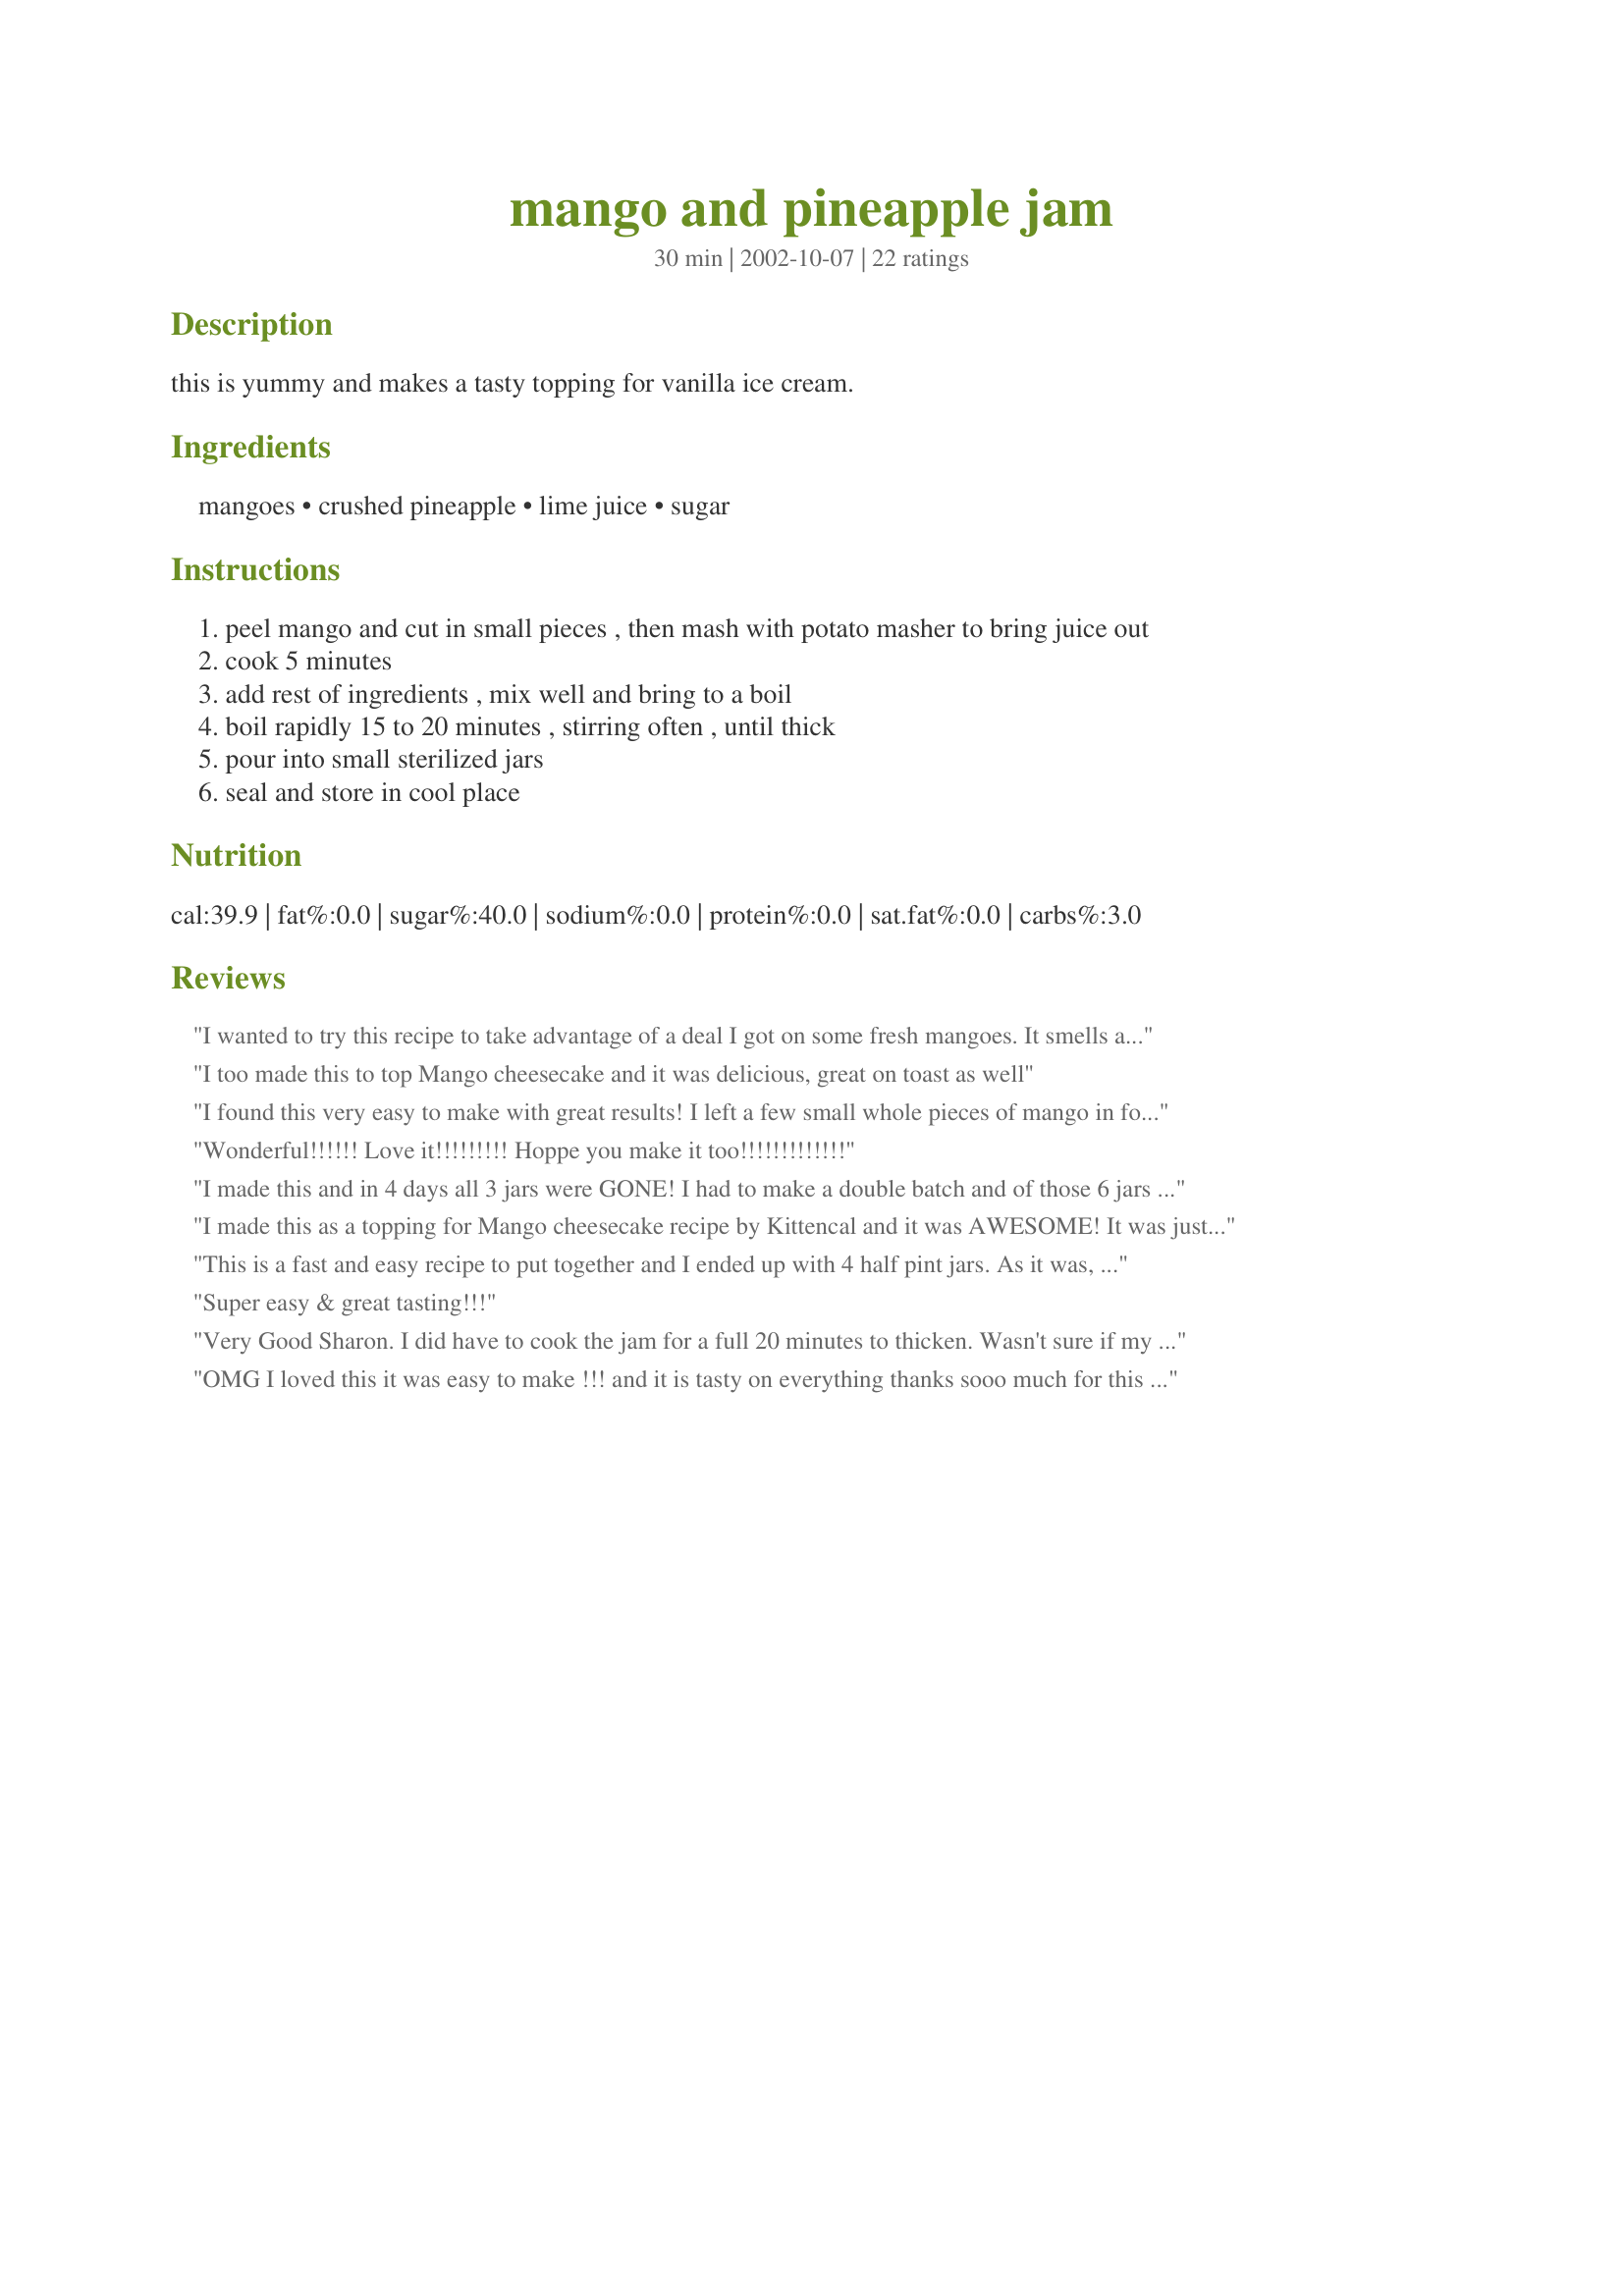
mango and pineapple jam
Preparation time: 30 minutes

this is yummy and makes a tasty topping for vanilla ice cream.

Ingredients:
mangoes, crushed pineapple, lime juice, sugar

Steps:
peel mango and cut in small pieces , then mash with potato masher to bring juice out
cook 5 minutes
add rest of ingredients , mix well and bring to a boil
boil rapidly 15 to 20 minutes , stirring often , until thick
pour into small sterilized jars
seal and store in cool place

Reviews:
I wanted to try this recipe to take advantage of a deal I got on some fresh mangoes. It smells as good as it tastes and I couldn't believe how quickly it set - 15 minutes. I will be using this as my contribution to a preserves swap that the Ontario Zaarinas are having. Thanks for another terrific jam recipe, Sharon!
I too made this to top Mango cheesecake and it was delicious, great on toast as well

I found this very easy to make with great results! I left a few small whole pieces of mango in for texture.
Wonderful!!!!!! Love it!!!!!!!!! Hoppe you make it too!!!!!!!!!!!!!
I made this and in 4 days all 3 jars were GONE! I had to make a double batch and of those 6 jars I only have 2 left(I think!!) I have secretly hid a jar so I can have some for company this weekend I hope they(my husband and children)don't sniff it out and eat that one ,too! My family is off of strawbeery jam completely and addicted to your jam. I hope they don't hear me writing about your jam or they'll force me to make more! Jam?! What jam?!
I made this as a topping for Mango cheesecake recipe by Kittencal and it was AWESOME!
It was just what the cheesecake needed and I had lots left over for icecream topping or even JAM! Great recipe and very easy.
This is a fast and easy recipe to put together and I ended up with 4 half pint jars. As it was, I had some ripe mango and some lime to use up and just happened to have a can of pineapple in the cupboard. I took the other reviewer's suggestions and cut the sugar down to 1 cup. I may have overcooked the jam a bit because it came out very, very thick. Do try it over ice cream...it is quite the treat. I mix some of the jam with some brandy to thin it out and heated it up a bit over the stove...then poured over the ice cream. I think giving it a water bath might be a good idea as I had 2 jars that did not seal. I would do this recipe again!!!
Super easy & great tasting!!!
Very Good Sharon. I did have to cook the jam for a full 20 minutes to thicken. Wasn't sure if my crushed pineapple should have been drained or not. The kitchen smells Wonderful! One of our dogs Loves fruit, and she followed me around as I was trying to take a picture of the jam lol. Thanks for posting.

Nick's Mom
OMG I loved this it was easy to make !!! and it is tasty on everything thanks sooo much for this recipe!!!
YUM!!!!
I had fresh cored pineapple so I ran it through my mini chopper to make a puree. I also didn't have quiet enough Lime juice so I topped it off with Lemon....
This came out beautifully, thick and tasty.
I got "just" 2 Small bottles of Jam from this recipe
Great flavor but WAY too sweet if you're using ripe mangoes. I ended up adjusting the sweetness at the end by adding two teaspoons of white vinegar which brightened it up. Next time I make this I'll reduce the sugar by half and add half the lime juice in the beginning and save the other half for last so the heat doesn't destroy the tartness.
I made this as the topping for the mango cheesecake as suggested, but found this to be wayyyyy too sweet for me. I would reduce the sugar by half next time. However, the cake itself went over very well, and no one seemed to mind the, in my opinion, increased sugar. Thank you for sharing!
Irmgard swap me a bottle,its very good.I will make it this year
This is an excellent tasting jam. The mild mango taste is what you orignally taste, but the aftertaste is pineapple. I reduced the sugar to 3/4 C and it was already plenty sweet. Next time I make this, I plan to reduce the sugar further if mangoes are sweet and tasty - I used PI mangoes instead of Mexico. Instead of lime (don't have), I used our own Meyer's lemon from our tree. Although it probably doesn't need it - I also used the water bath method of preserving for 15 minutes in the end. Thank you for posting this recipe Sharon.
I used this atop the previously mentioned Cheesecake and it was wonderful. Also terrific on a piece of toast! Great recipe, and very easy to make. I only used 1.5 C of sugar and it still turned out wonderful.
Made this jam this morning and it is AWESOME!!! The best mango jam ever! Very easy to make and is awesome on mango muffins too.
So delicious and had to resist the urge to add some chopped onion and cilantro and eat it like salsa. I know, my ideas just seem too percolate on their own. Made for PRMR.
Made this about a month ago and it was great!! I wanted to make some different kind of chicken one nmight so I cut it into chunks and browned it then threw in a big heeping tablespoon of the jam and let it cook down! it was amazing!!!
I love it...The best jam ever...Simplicity in preparation... Heavenly in taste?? How long is the shelf life?
This jam is delicious!!! My husband wanted me to make a supply. In Dominica, we have the freshest ingredients to make this awesome jam-since mangos grow wild and pineapples are plentiful. Thanks so much for the wonderful recipe...I will definitly be making it again.
AWESOME!!! This stuff is so good! It makes great gifts, and goes on anything to make it taste better. In one batch I used key lime juice, which I liked very much. It's mango season in PR so this is a great way to save mangoes from going to waste, plus, you totally got me in to canning, so fun!! Thank you!!!!
